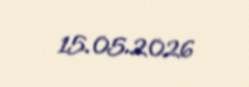
15.05.2026